Lunatic asylums Central Provinces reports 1895-1909 - 1895-1909
Year: 1895
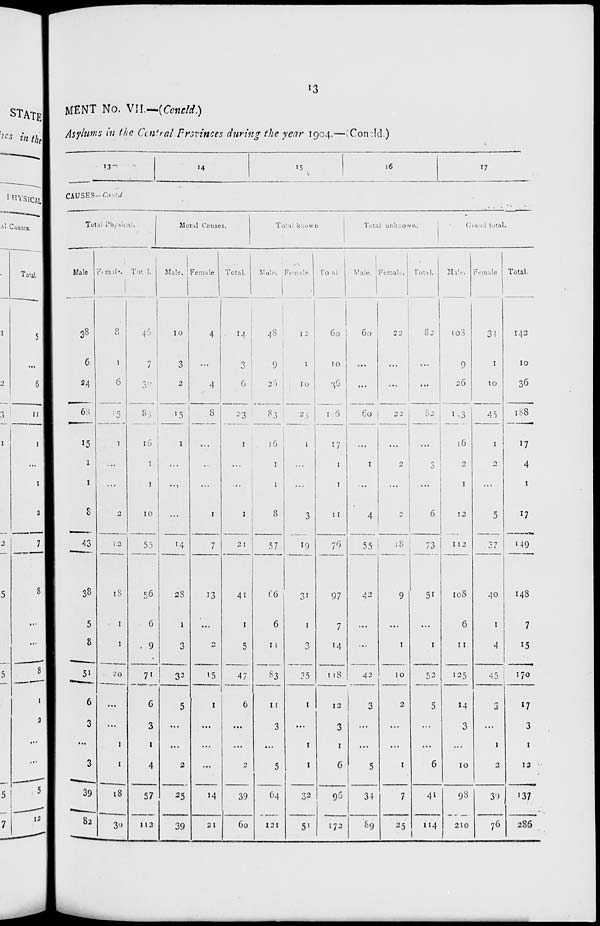
13
MENT No. VII.—(Concld.)
Asylums in the Central Provinces during the year 1904.—(Concld.)
13
14
15 16
17
CAUSES—Contd.
Total Physical.
Male
38
6
24
68
15
1
1
8
43
38
5
8
51
6
3
...
3
39
82
Female.
8
1
6
15
1
...
...
2
12
18
1
1
20
...
...
1
1
18
30
Total.
46
7
8
83
16
1
1
10
55
56
6
9
71
6
3
1
4
57
112
Moral Causes.
Male.
10
3
2
15
1
...
...
...
14
28
1
3
32
5
...
...
2
25
39
Female.
4
...
4
8
...
...
...
1
7
13
...
2
15
1
...
...
...
14
21
Total.
14
3
6
23
1
...
...
1
21
41
1
5
47
6
...
...
2
39
60
Total
known
Male.
48
9
26
83
16
1
1
8
57
66
6
11
83
11
3
...
5
64
121
Female.
12
1
10
23
1
...
...
3
19
31
1
3
35
1
...
1
1
32
51
Total
60
10
36
106
17
1
1
11
76
97
7
14
118
12
3
1
6
96
172
Total unknown.
Male.
60
...
...
60
...
1
...
4
55
42
...
...
42
3
...
...
5
34
69
Female.
22
...
...
22
...
2
...
2
18
9
...
1
10
2
...
...
1
7
25
Total.
82
...
...
82
...
3
...
6
73
51
...
1
52
5
...
...
6
41
114
Grand
total.
Male.
108
9
26
143
16
2
1
12
112
108
6
11
125
14
3
...
10
98
210
Female.
34
1
10
45
1
2
...
5
37
40
1
4
45
3
...
1
2
39
76
Total.
142
10
36
188
17
4
1
17
149
148
7
15
170
17
3
1
12
137
286